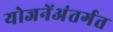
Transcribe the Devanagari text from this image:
योजनेंअंतर्गत